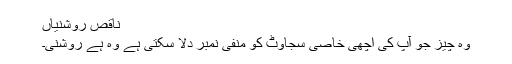
ناقص روشنیاں
وہ چیز جو آپ کی اچھی خاصی سجاوٹ کو منفی نمبر دلا سکتی ہے وہ ہے روشنی۔